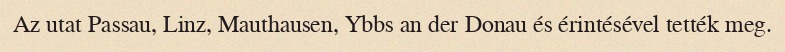
Az utat Passau, Linz, Mauthausen, Ybbs an der Donau és érintésével tették meg.